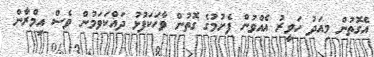
އެގޮތުން މިއަދު ހަވީރު އެއްވުން ފެށުމުގެ ގޮތުން ވާހަކަފުޅު ދައްކަވަމުން ވެސް އިމްރާން